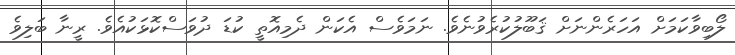
ލޯބިވާކަމަށް އަހަރެންނަށް ޤަބޫލުކުރެވުނެވެ. ނަމަވެސް އެކަން ދެމިއޮތީ ކުޑަ ދުވަސްކޮޅަކުއެވެ. ރީނާ ބަލިވެ